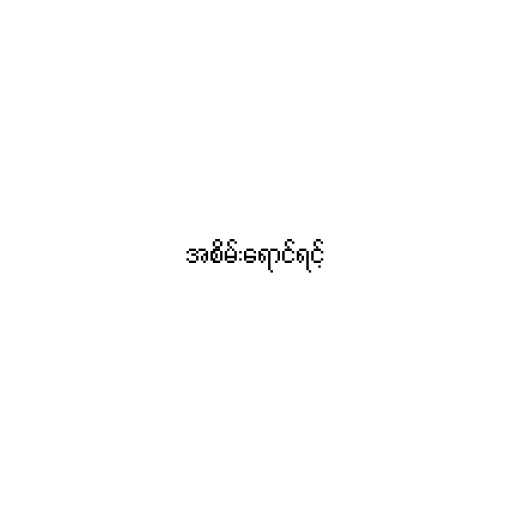
အစိမ်းရောင်ရင့်